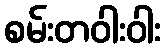
စမ်းတဝါးဝါး